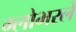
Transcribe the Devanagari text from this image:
ग्लोभरले